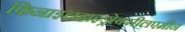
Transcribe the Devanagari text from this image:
फिनाइलहाइड्रोक्सीलएमीन